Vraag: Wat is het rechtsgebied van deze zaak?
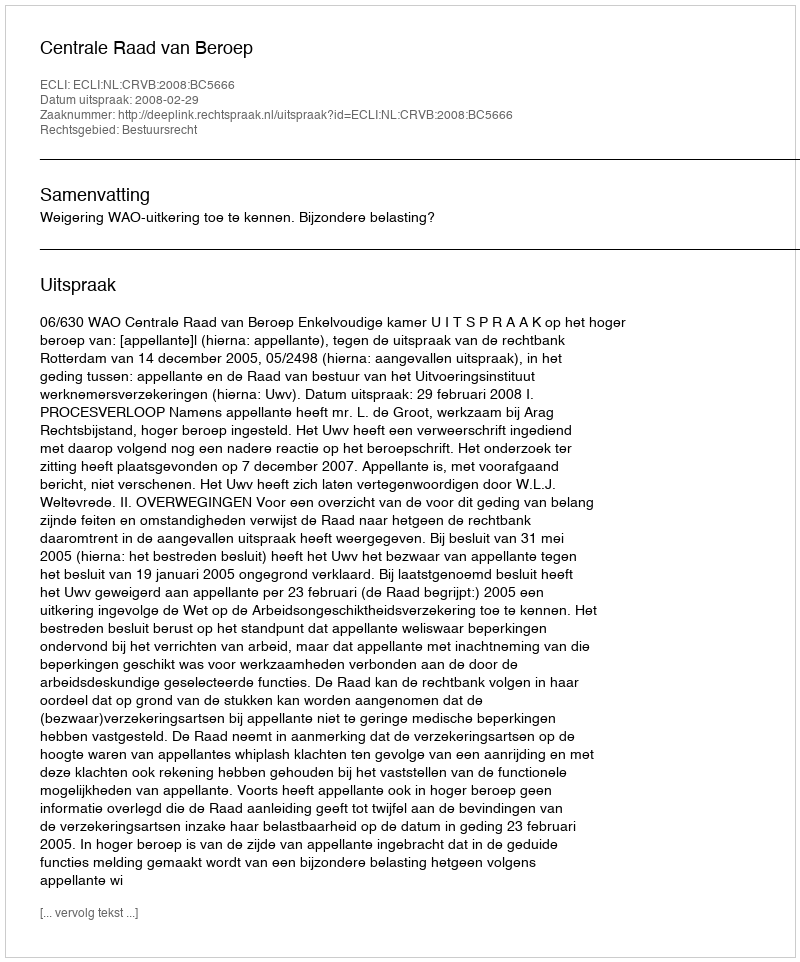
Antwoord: Bestuursrecht